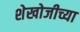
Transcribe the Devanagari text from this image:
शेखोजीच्या